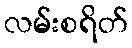
လမ်းစရိတ်